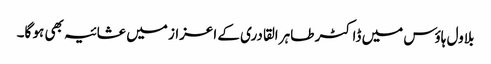
بلاول ہاؤس میں ڈاکٹر طاہر القادری کے اعزاز میں عشائیہ بھی ہو گا۔